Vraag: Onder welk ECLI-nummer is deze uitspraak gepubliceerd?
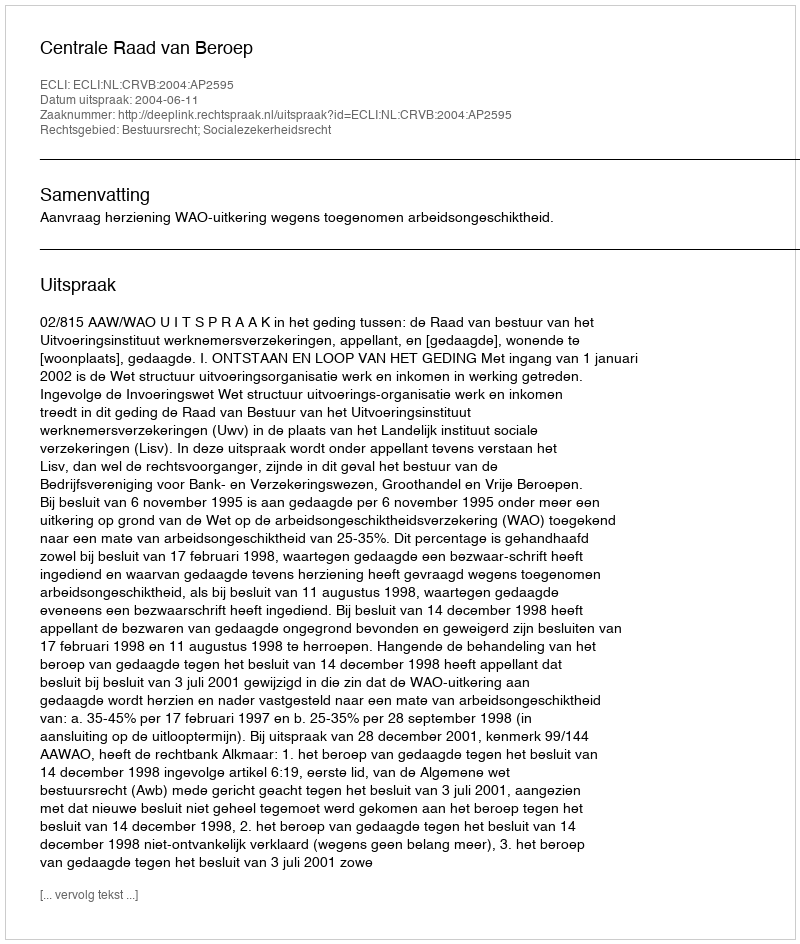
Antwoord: ECLI:NL:CRVB:2004:AP2595